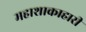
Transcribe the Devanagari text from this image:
महाशाकाहारी